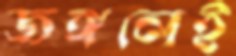
জঙ্গলেই